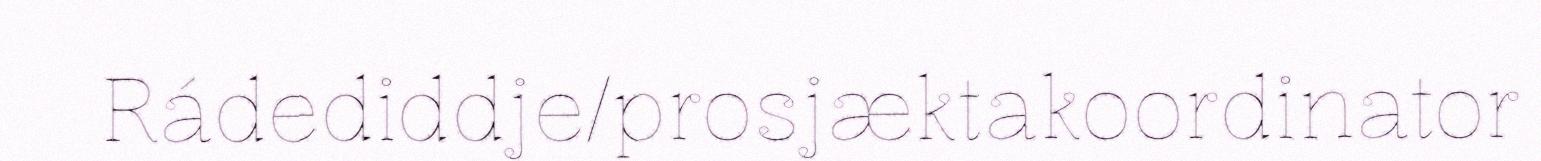
Rádediddje/prosjæktakoordinator